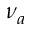
\nu _ { a }